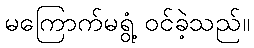
မကြောက်မရွံ့ ဝင်ခဲ့သည်။